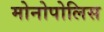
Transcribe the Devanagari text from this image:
मोनोपोलिस